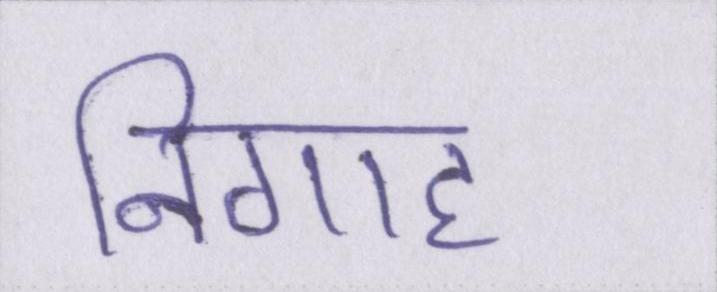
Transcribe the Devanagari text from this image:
निगाह